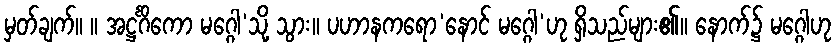
မှတ်ချက်။ ။ အဋ္ဌင်္ဂိကော မဂ္ဂေါ’သို့ သွား။ ပဟာနကရော’နောင် မဂ္ဂေါ’ဟု ရှိသည်များ၏။ နောက်၌ မဂ္ဂေါဟု